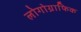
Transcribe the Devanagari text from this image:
लोगोग्राफिक